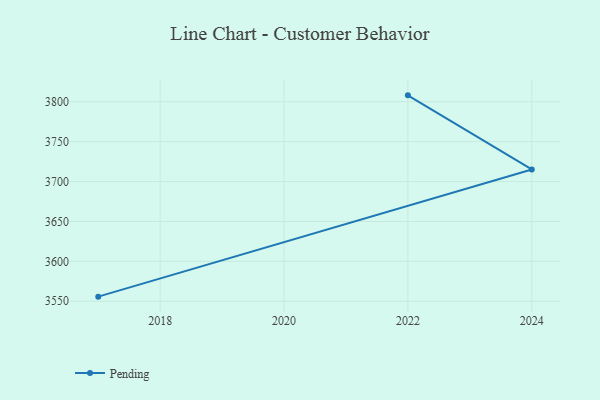
{"axis": {"x": "Year", "y": "Website Visitors"}, "legend": ["Pending"], "data": [{"x": "2017", "y": 3555.8, "type": "Pending"}, {"x": "2024", "y": 3715.2, "type": "Pending"}, {"x": "2022", "y": 3808.0, "type": "Pending"}]}